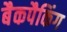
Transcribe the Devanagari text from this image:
बैकपैकिंग